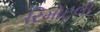
રિમોટલી